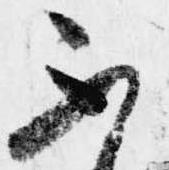
不